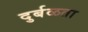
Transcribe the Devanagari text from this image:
दुर्बळता